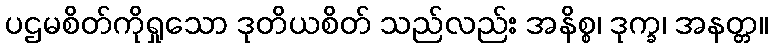
ပဌမစိတ်ကိုရှုသော ဒုတိယစိတ် သည်လည်း အနိစ္စ၊ ဒုက္ခ၊ အနတ္တ။